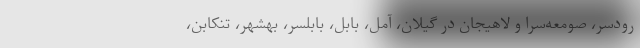
رودسر، صومعه‌سرا و لاهیجان در گیلان، آمل، بابل، بابلسر، بهشهر، تنکابن،